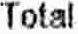
TOTAL